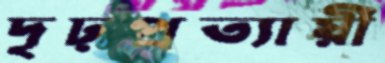
দৃঢ়প্রত্যায়ী